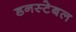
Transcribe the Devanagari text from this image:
डनस्टेबल